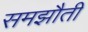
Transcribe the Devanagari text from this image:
समझौती